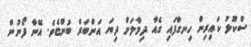
ސްކޫލު ކައިރިން ހިނގާފައި ގެއާ ދިމާލަށް ދިޔަ އަންބަރް ބުންޏެވެ. އޭނާ ފޯނުން